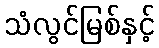
သံလွင်မြစ်နှင့်